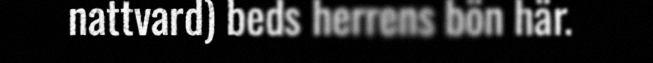
nattvard) beds herrens bön här.